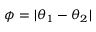
\phi = | \theta _ { 1 } - \theta _ { 2 } |